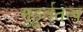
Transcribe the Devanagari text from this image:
मुहूर्ततत्व